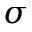
\sigma